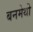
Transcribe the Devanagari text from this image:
बनमेथी